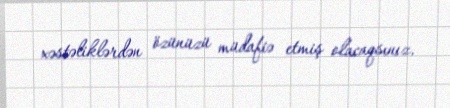
xəstəliklərdən özünüzü müdafiə etmiş olacaqsınız.